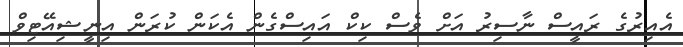
އެއިރުގެ ރައީސް ނާސިރު އަށް ވެސް ކިކް އައިސްގެން އެކަން ކުރަން އިނީޝިއޭޓިވް